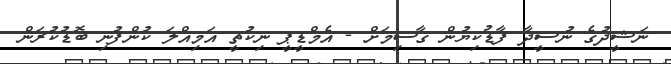
ނަޝީދުގެ ނުސީދާ ފާޑުކިޔުން ގާސިމަށް - އެމްޑީޕީ ނިކުތީ އަމިއްލަ ކުންފުނި ބޮޑުކުރަން